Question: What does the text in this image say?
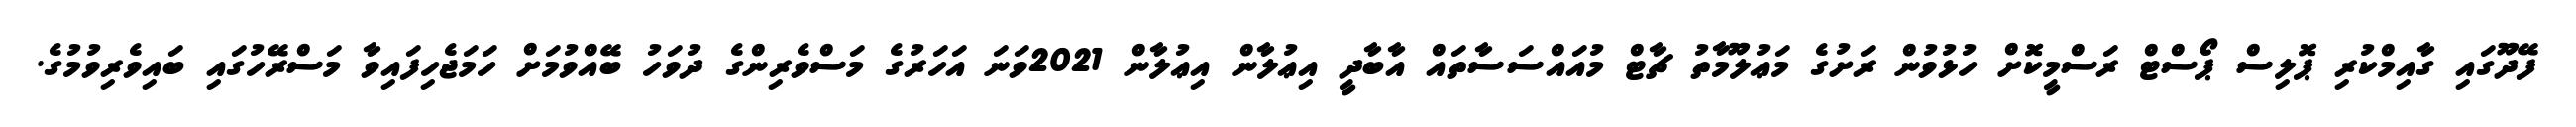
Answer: ފޭދޫގައި ގާއިމްކުރި ޕޮލިސް ޕޯސްޓް ރަސްމީކޮށް ހުޅުވުން ރަށުގެ މަޢުލޫމާތު ޗާޓް މުއައްސަސާތައް އާބާދީ އިޢުލާން އިޢުލާން 2021ވަނަ އަހަރުގެ މަސްވެރިންގެ ދުވަހު ބޭއްވުމަށް ހަމަޖެހިފައިވާ މަސްރޭހުގައި ބައިވެރިވުމުގެ.